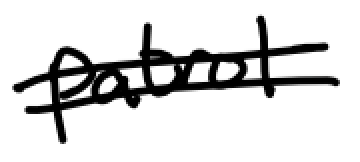
Text: patrol
Cross-out: double-line
Writing tool: digital_black